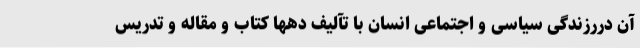
آن دررزندگی سیاسی و اجتماعی انسان با تآلیف دهها کتاب و مقاله و تدریس